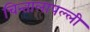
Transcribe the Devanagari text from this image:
चिन्तालापल्ली